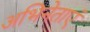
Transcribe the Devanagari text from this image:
अभिनेताएं